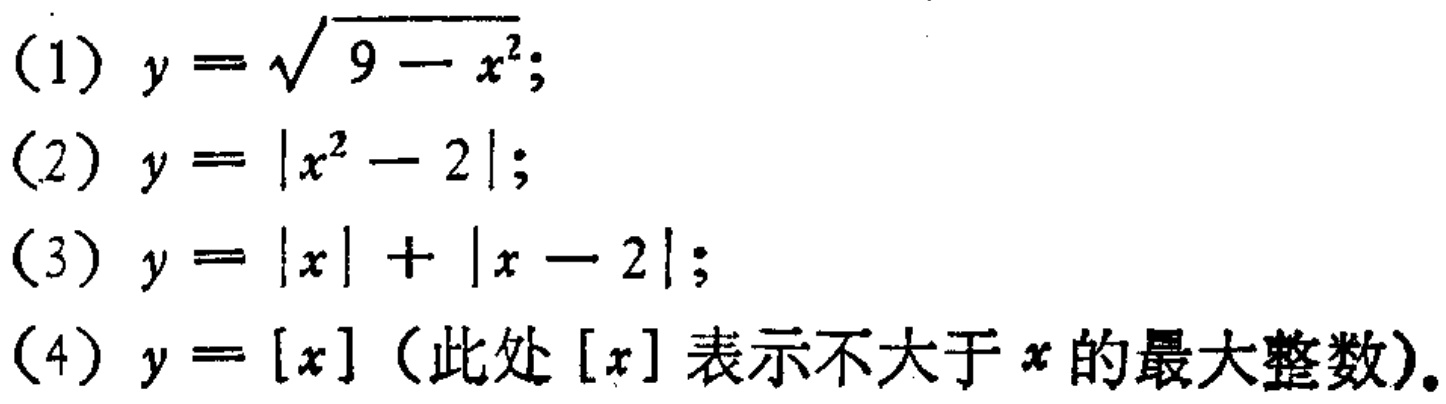
(1) \(y = \sqrt{9 - x^{2}}\);

(2) \(y = |x^{2} - 2|\);

(3) \(y = |x|+|x - 2|\);

(4) \(y = [x]\)（此处\([x]\)表示不大于\(x\)的最大整数）.